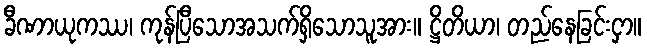
ခီဏာယုကဿ၊ ကုန်ပြီသောအသက်ရှိသောသူအား။ ဋ္ဌိတိယာ၊ တည်နေခြင်းငှာ။